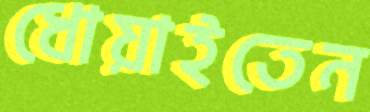
ধোয়াইতেন